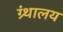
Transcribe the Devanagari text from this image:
ग्र्ंथालय